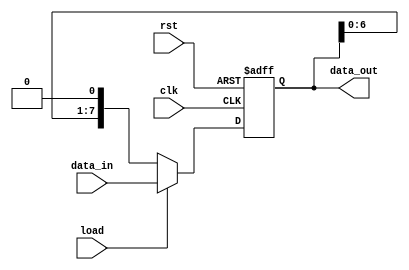
module parameterized_shift_register #(
    parameter WIDTH = 8,  // Default width of the shift register
    parameter DIR = 0     // Default direction: 0 for left shift, 1 for right shift
)(
    input wire clk,       // Clock signal
    input wire rst,       // Asynchronous reset signal
    input wire load,      // Load control signal
    input wire [WIDTH-1:0] data_in, // Input data for loading
    output reg [WIDTH-1:0] data_out // Output data from the shift register
);

    always @(posedge clk or posedge rst) begin
        if (rst) begin
            // Asynchronous reset: clear the register
            data_out <= {WIDTH{1'b0}}; // Set all bits to zero
        end else if (load) begin
            // Load new data into the shift register
            data_out <= data_in;
        end else begin
            // Shift operation
            if (DIR == 0) begin
                // Shift left
                data_out <= {data_out[WIDTH-2:0], 1'b0}; // Shift left and insert 0 at LSB
            end else begin
                // Shift right
                data_out <= {1'b0, data_out[WIDTH-1:1]}; // Shift right and insert 0 at MSB
            end
        end
    end

endmodule